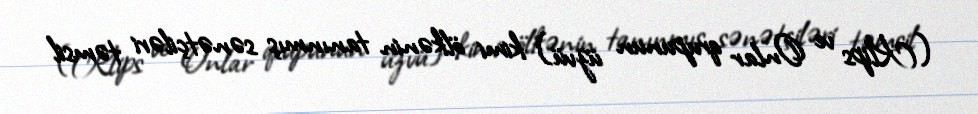
(Klips ve Onlar qrupunun üzvü) kimi ölkənin tanınmış sənətçiləri təmsil